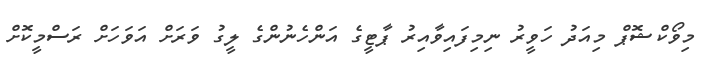
މިވޯކްޝޮޕް މިއަދު ހަވީރު ނިމިފައިވާއިރު ޕާޓީގެ އަންހެނުންގެ ލީގު ވަރަށް އަވަހަށް ރަސްމީކޮށް